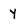
Character: y